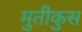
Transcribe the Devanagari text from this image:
मुतीकुस